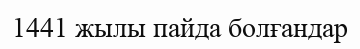
1441 жылы пайда болғандар